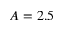
A = 2 . 5